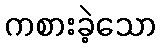
ကစားခဲ့သော